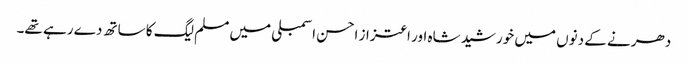
دھرنے کے دنوں میں خورشید شاہ اور اعتزاز احسن اسمبلی میں مسلم لیگ کا ساتھ دے رہے تھے۔